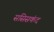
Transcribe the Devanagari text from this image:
ससिसकंद